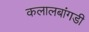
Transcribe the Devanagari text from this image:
कलालबांगडी